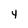
Character: 4